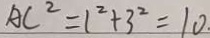
A C ^ { 2 } = 1 ^ { 2 } + 3 ^ { 2 } = 1 0 .